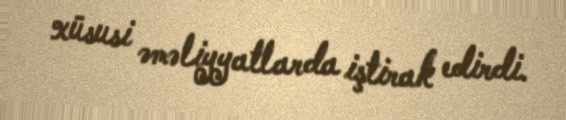
xüsusi əməliyyatlarda iştirak edirdi.